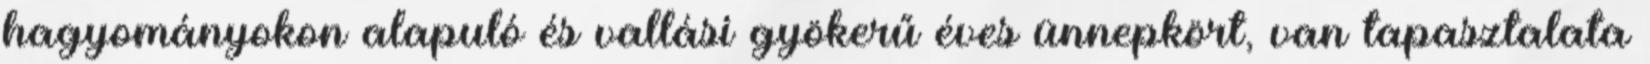
hagyományokon alapuló és vallási gyökerű éves ünnepkört, van tapasztalata